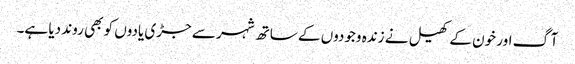
آگ اور خون کے کھیل نے زندہ وجودوں کے ساتھ شہر سے جڑی یادوں کو بھی روند دیا ہے۔